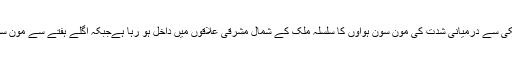
محکمہ موسمیات کی پیشگوئی کے مطابق ہلکی سے درمیانی شدت کی مون سون ہواوٗں کا سلسلہ ملک کے شمال مشرقی علاقوں میں داخل ہو رہا ہےجبکہ اگلے ہفتے سے مون سون ہواوٗں کی شدت میں اضافے کا امکان ہے۔